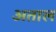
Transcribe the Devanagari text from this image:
अताल